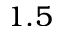
1 . 5